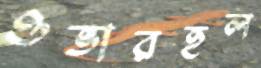
ওভারহল